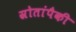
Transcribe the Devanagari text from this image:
स्रोतांपैकी